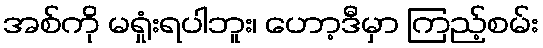
အစ်ကို မရှုံးရပါဘူး၊ ဟော့ဒီမှာ ကြည့်စမ်း